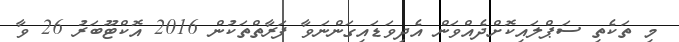
މި ތަކެތި ސަޕްލައިކޮށްދެއްވަން އެދިވަޑައިގަންނަވާ ފަރާތްތަކުން 2016 އޮކްޓޫބަރު 26 ވާ